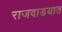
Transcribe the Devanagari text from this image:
राजवाडयात